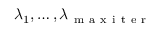
\lambda _ { 1 } , \dots , \lambda _ { \mathrm { ~ m ~ a ~ x ~ i ~ t ~ e ~ r ~ } }